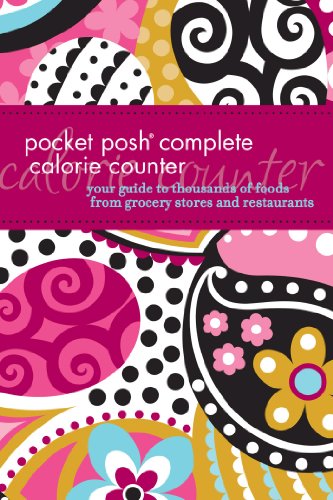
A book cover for Pocket Posh Complete Calorie Counter: Your Guide to Thousands of Foods from Grocery Stores and Restaurants; The Puzzle Society; Health, Fitness & Dieting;